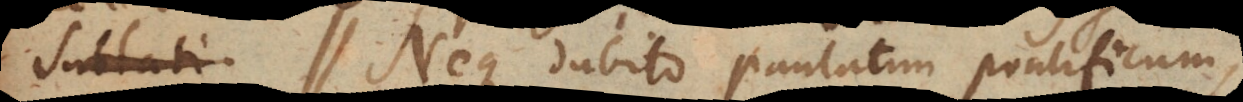
sublati. Neque dubito paulatim pontificum,